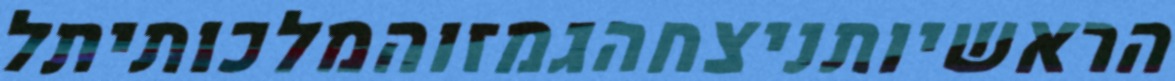
הראשיותניצחהגמזוהמלכותיתל